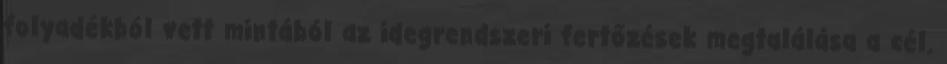
folyadékból vett mintából az idegrendszeri fertőzések megtalálása a cél.